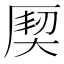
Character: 𭆌